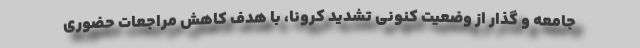
جامعه و گذار از وضعیت کنونی تشدید کرونا، با هدف کاهش مراجعات حضوری